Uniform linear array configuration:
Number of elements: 32
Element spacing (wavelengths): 0.5
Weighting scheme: cosine
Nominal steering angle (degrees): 15
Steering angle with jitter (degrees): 15.446
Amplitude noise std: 0.05
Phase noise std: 0.05

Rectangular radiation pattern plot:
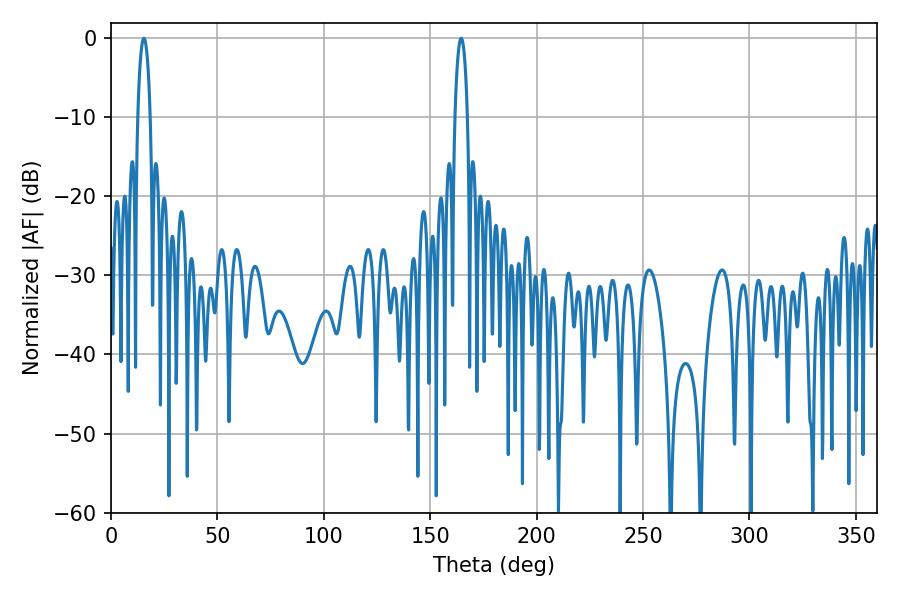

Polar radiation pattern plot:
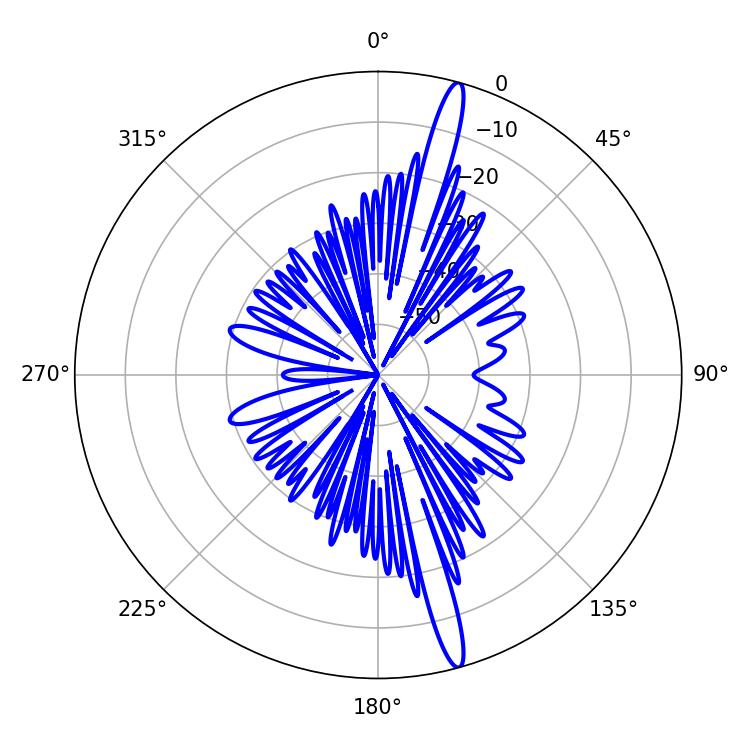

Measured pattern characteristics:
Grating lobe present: FALSE
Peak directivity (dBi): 17.594
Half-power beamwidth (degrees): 3.24
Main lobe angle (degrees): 164.52